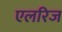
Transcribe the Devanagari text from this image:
एलरिज